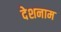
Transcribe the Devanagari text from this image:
देशनाम